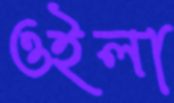
ওইলা